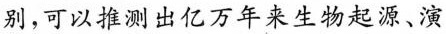
别，可以推测出亿万年来生物起源、演